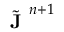
\Tilde { \textbf { J } } ^ { n + 1 }